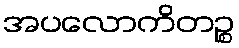
အပလောကိတဉ္စ